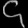
Digit: ၄